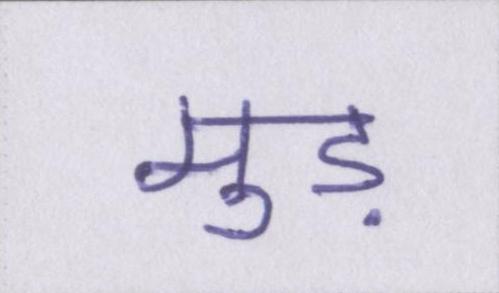
मुड़